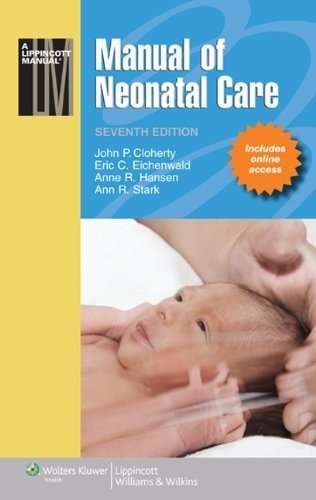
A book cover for Manual of Neonatal Care (Lippincott Manual Series (Formerly known as the Spiral Manual Series)); John P. Cloherty MD; Medical Books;